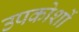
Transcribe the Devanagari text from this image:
उपकोशों